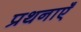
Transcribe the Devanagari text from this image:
प्रथनाएँ